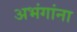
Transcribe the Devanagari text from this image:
अभंगांना